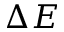
\Delta E